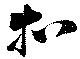
扣